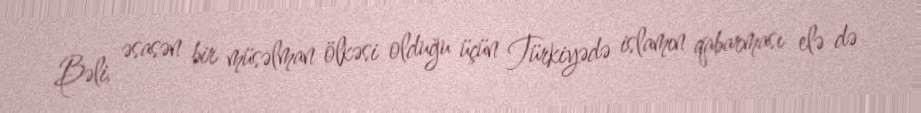
Bəli, əsasən bir müsəlman ölkəsi olduğu üçün Türkiyədə islamın qabarması elə də